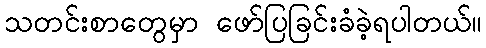
သတင်းစာတွေမှာ ဖော်ပြခြင်းခံခဲ့ရပါတယ်။